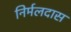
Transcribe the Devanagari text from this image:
निर्मलदास